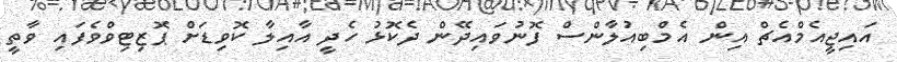
އައިޖީއެމްއެޗް އިން އެމްބިއުލާންސް ފޮނުވައިދޭން ދެކޮޅު ހެދީ އާއިލާ ކޮވިޑަށް ޕޮޒިޓިވްވެފައި ވާތީ